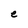
Character: e